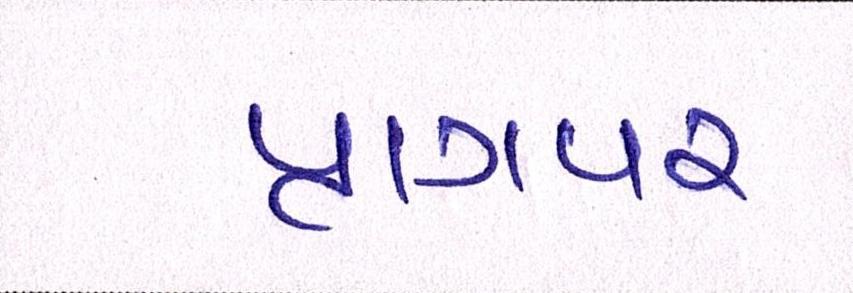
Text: પ્રાગપર